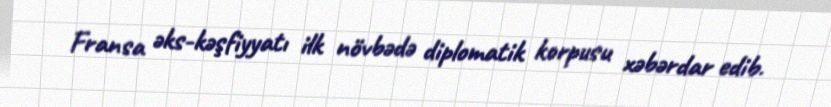
Fransa əks-kəşfiyyatı ilk növbədə diplomatik korpusu xəbərdar edib.